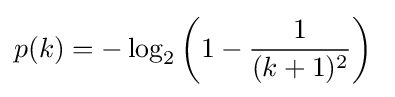
p(k)=-\log _{2}\left(1-{\frac {1}{(k+1)^{2}}}\right)~